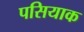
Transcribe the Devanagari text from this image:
पसियाक